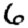
Digit: 6